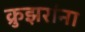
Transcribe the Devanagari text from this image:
क्रुझरांना